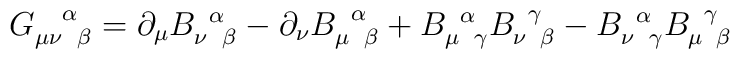
G^{\phantom{\mu\nu}\alpha}_{\mu\nu\phantom{\alpha}\beta}  =\partial_{\mu}B_{\nu\phantom{\alpha}\beta}^{\phantom{\nu}\alpha}  - \partial_{\nu}B_{\mu\phantom{\alpha}\beta}^{\phantom{\mu}\alpha}  +B^{\phantom{\mu}\alpha}_{\mu\phantom{\alpha}\gamma}B^{\phantom{\nu}\gamma}_{\nu\phantom{\gamma}\beta}  -B^{\phantom{\nu}\alpha}_{\nu\phantom{\alpha}\gamma}B^{\phantom{\mu}\gamma}_{\mu\phantom{\gamma}\beta}